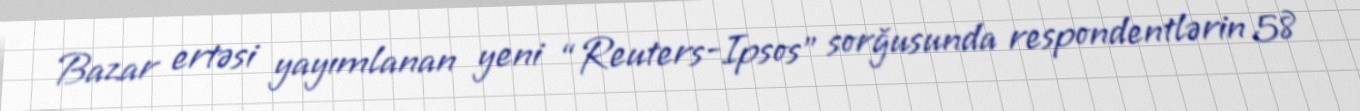
Bazar ertəsi yayımlanan yeni “Reuters-Ipsos” sorğusunda respondentlərin 58